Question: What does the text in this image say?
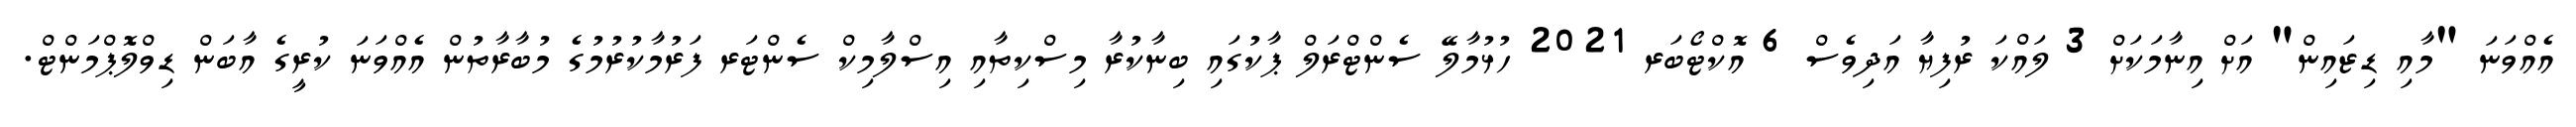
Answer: އެއްވަނަ "މާއި ޑިޒައިން" އަށް އިނާމަކަށް 3 ލައްކަ ރުފިޔާ އަދިވެސް 6 އޮކްޓޯބަރ 2021 ހުޅުމާލޭ ސެންޓްރަލް ޕާކުގައި ބިނާކުރާ މިސްކިތާއި އިސްލާމިކް ސެންޓަރ ފަރުމާކުރުމުގެ މުބާރާތުން އެއްވަނަ ކުރީގެ އާބަން ޑިވްލޮޕްމަންޓް.